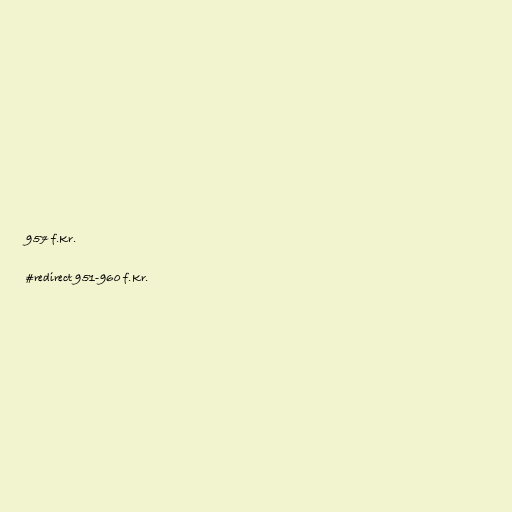
957 f.Kr.

#redirect 951-960 f.Kr.